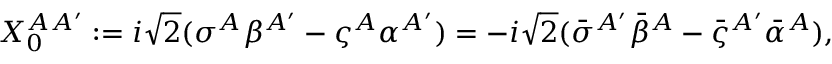
X _ { 0 } ^ { A { A ^ { \prime } } } : = i { \sqrt 2 } ( \sigma ^ { A } \beta ^ { A ^ { \prime } } - \varsigma ^ { A } \alpha ^ { A ^ { \prime } } ) = - i { \sqrt 2 } ( { \bar { \sigma } } ^ { A ^ { \prime } } { \bar { \beta } } ^ { A } - { \bar { \varsigma } } ^ { A ^ { \prime } } { \bar { \alpha } } ^ { A } ) ,